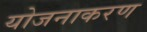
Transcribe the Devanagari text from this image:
योजनाकरण